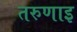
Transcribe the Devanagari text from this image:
तरुणाइ